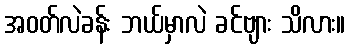
အဝတ်လဲခန်း ဘယ်မှာလဲ ခင်ဗျား သိလား။